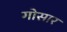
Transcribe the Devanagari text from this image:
गोसार